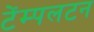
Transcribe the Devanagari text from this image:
टेंम्पलटन